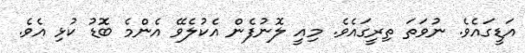
އަޑީގައެވެ. ނުވަތަ ތިރީގައެވެ. މިއީ ލޮނުފެން އެކުލެވޭ އެންމެ ބޮޑު ކުޅި އެވެ.